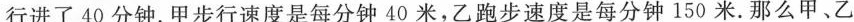
行进了40分钟。甲步行速度是每分钟40米，乙跑步速度是每分钟150米。那么甲、乙